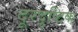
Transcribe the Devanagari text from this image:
दूरदृष्टिक